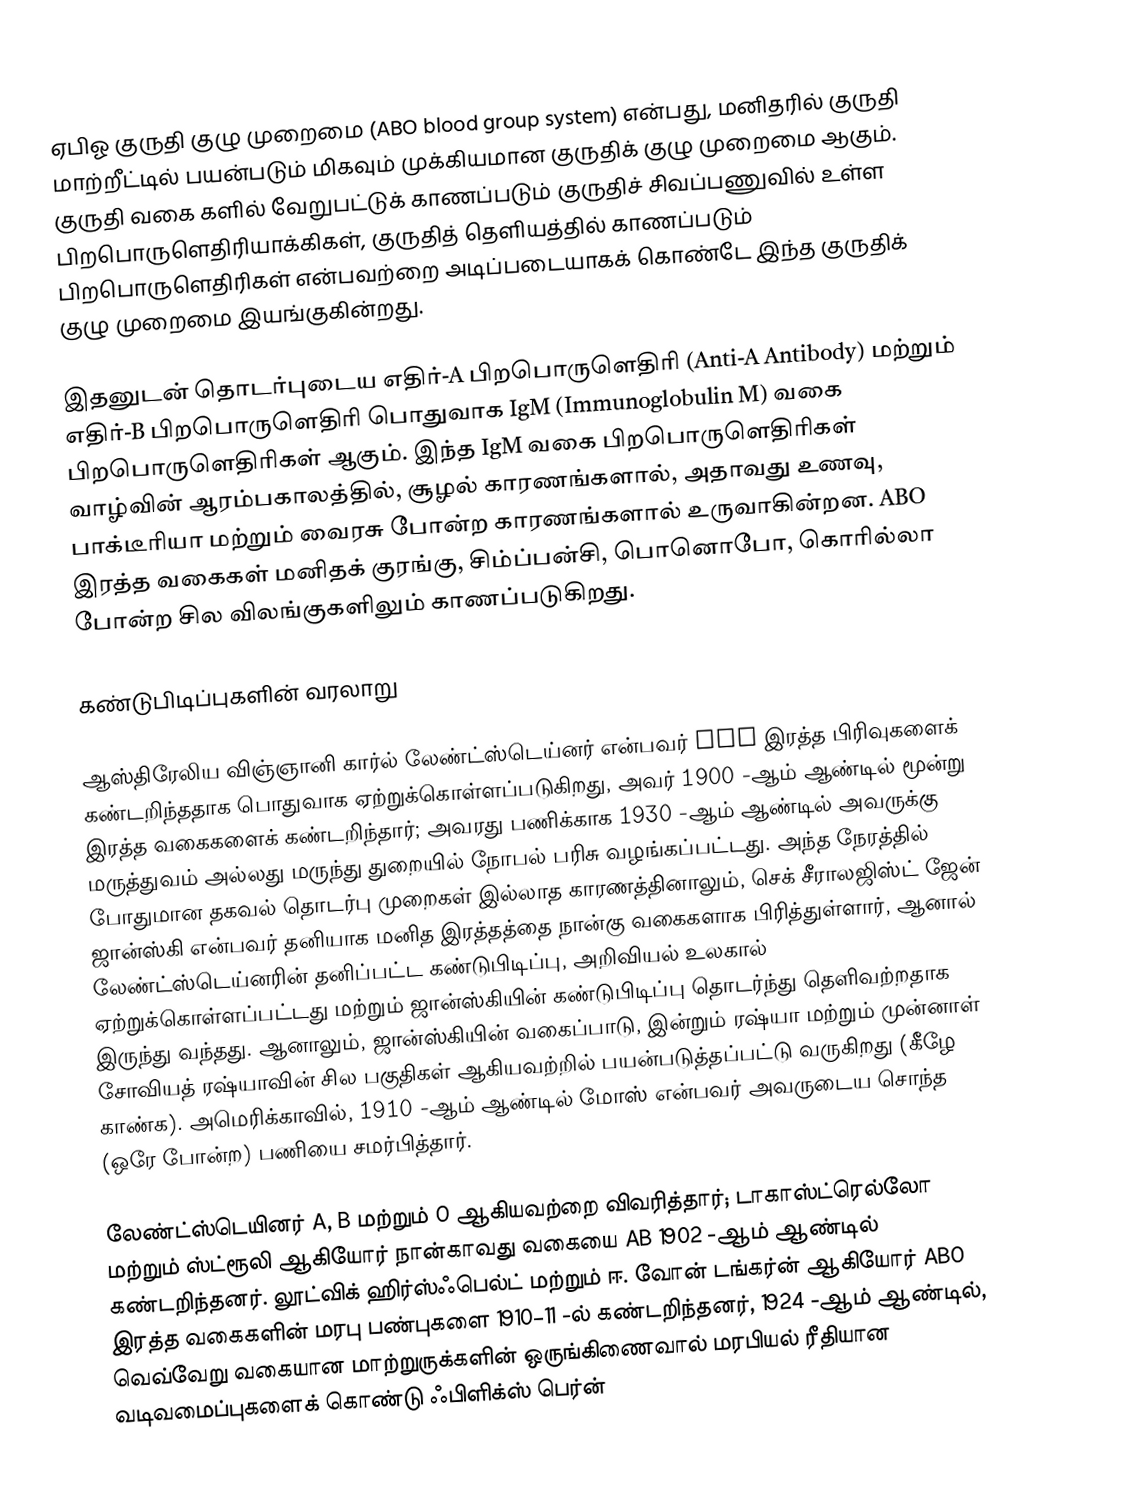
ஏபிஓ குருதி குழு முறைமை (ABO blood group system) என்பது, மனிதரில் குருதி மாற்றீட்டில் பயன்படும் மிகவும் முக்கியமான குருதிக் குழு முறைமை ஆகும். குருதி வகை களில் வேறுபட்டுக் காணப்படும் குருதிச் சிவப்பணுவில் உள்ள பிறபொருளெதிரியாக்கிகள், குருதித் தெளியத்தில் காணப்படும் பிறபொருளெதிரிகள் என்பவற்றை அடிப்படையாகக் கொண்டே இந்த குருதிக் குழு முறைமை இயங்குகின்றது.

இதனுடன் தொடர்புடைய எதிர்-A பிறபொருளெதிரி (Anti-A Antibody) மற்றும் எதிர்-B பிறபொருளெதிரி பொதுவாக IgM (Immunoglobulin M) வகை பிறபொருளெதிரிகள் ஆகும். இந்த IgM வகை பிறபொருளெதிரிகள் வாழ்வின் ஆரம்பகாலத்தில், சூழல் காரணங்களால், அதாவது உணவு, பாக்டீரியா மற்றும் வைரசு போன்ற காரணங்களால் உருவாகின்றன. ABO இரத்த வகைகள் மனிதக் குரங்கு, சிம்ப்பன்சி, பொனொபோ, கொரில்லா போன்ற சில விலங்குகளிலும் காணப்படுகிறது.

கண்டுபிடிப்புகளின் வரலாறு

ஆஸ்திரேலிய விஞ்ஞானி கார்ல் லேண்ட்ஸ்டெய்னர் என்பவர் ABO இரத்த பிரிவுகளைக் கண்டறிந்ததாக பொதுவாக ஏற்றுக்கொள்ளப்படுகிறது, அவர் 1900 -ஆம் ஆண்டில் மூன்று இரத்த வகைகளைக் கண்டறிந்தார்; அவரது பணிக்காக 1930 -ஆம் ஆண்டில் அவருக்கு மருத்துவம் அல்லது மருந்து துறையில் நோபல் பரிசு வழங்கப்பட்டது. அந்த நேரத்தில் போதுமான தகவல் தொடர்பு முறைகள் இல்லாத காரணத்தினாலும், செக் சீராலஜிஸ்ட் ஜேன் ஜான்ஸ்கி என்பவர் தனியாக மனித இரத்தத்தை நான்கு வகைகளாக பிரித்துள்ளார், ஆனால் லேண்ட்ஸ்டெய்னரின் தனிப்பட்ட கண்டுபிடிப்பு, அறிவியல் உலகால் ஏற்றுக்கொள்ளப்பட்டது மற்றும் ஜான்ஸ்கியின் கண்டுபிடிப்பு தொடர்ந்து தெளிவற்றதாக இருந்து வந்தது. ஆனாலும், ஜான்ஸ்கியின் வகைப்பாடு, இன்றும் ரஷ்யா மற்றும் முன்னாள் சோவியத் ரஷ்யாவின் சில பகுதிகள் ஆகியவற்றில் பயன்படுத்தப்பட்டு வருகிறது (கீழே காண்க). அமெரிக்காவில், 1910 -ஆம் ஆண்டில் மோஸ் என்பவர் அவருடைய சொந்த (ஒரே போன்ற) பணியை சமர்பித்தார்.

லேண்ட்ஸ்டெயினர் A, B மற்றும் O ஆகியவற்றை விவரித்தார்; டாகாஸ்ட்ரெல்லோ மற்றும் ஸ்ட்ரூலி ஆகியோர் நான்காவது வகையை AB 1902 -ஆம் ஆண்டில் கண்டறிந்தனர். லூட்விக் ஹிர்ஸ்ஃபெல்ட் மற்றும் ஈ. வோன் டங்கர்ன் ஆகியோர் ABO இரத்த வகைகளின் மரபு பண்புகளை 1910–11 -ல் கண்டறிந்தனர், 1924 -ஆம் ஆண்டில், வெவ்வேறு வகையான மாற்றுருக்களின் ஒருங்கிணைவால் மரபியல் ரீதியான வடிவமைப்புகளைக் கொண்டு ஃபிளிக்ஸ் பெர்ன்